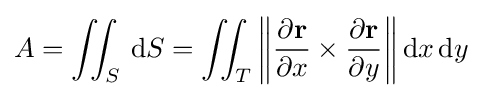
A=\iint _{S}\,\mathrm {d} S=\iint _{T}\left\|{\partial \mathbf {r}  \over \partial x}\times {\partial \mathbf {r}  \over \partial y}\right\|\mathrm {d} x\,\mathrm {d} y